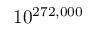
1 0 ^ { 2 7 2 , 0 0 0 }